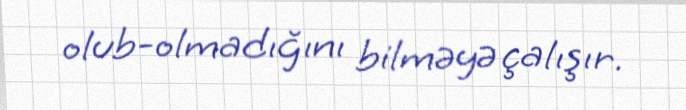
olub-olmadığını bilməyə çalışır.